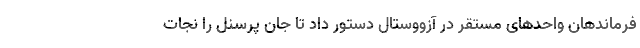
فرماندهان واحدهای مستقر در آزووستال دستور داد تا جان پرسنل را نجات